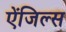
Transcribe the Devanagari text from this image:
ऐंजिल्‍स